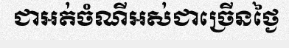
ជាអត់ចំណីអស់ជាច្រើនថ្ងៃ